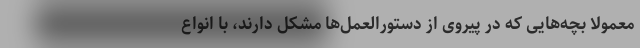
معمولاً بچه‌هایی که در پیروی از دستورالعمل‌ها مشکل دارند، با انواع